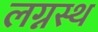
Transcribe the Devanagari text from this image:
लग्नस्थ